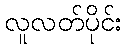
လူလတ်ပိုင်း